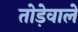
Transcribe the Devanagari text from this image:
तोड़ेवाले